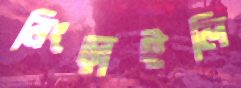
নিংড়াইলি